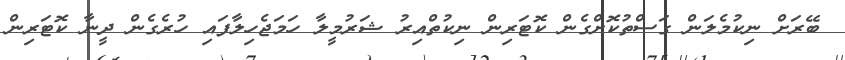
ބޭރަށް ނިކުމެލަން ގަސްތުކޮށްގެން ކޮޓަރިން ނިކުތްއިރު ޝަރުމީލާ ހަމަޖެހިލާފައި ހުރެގެން ދީނާ ކޮޓަރިން